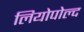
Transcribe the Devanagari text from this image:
लियोपोल्द